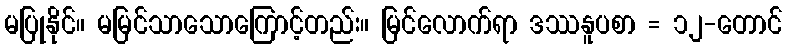
မပြုနိုင်။ မမြင်သာသောကြောင့်တည်း။ မြင်လောက်ရာ ဒဿနူပစာ = ၁၂-တောင်